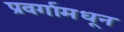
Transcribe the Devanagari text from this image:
प्रवर्गामधून